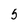
Character: 5